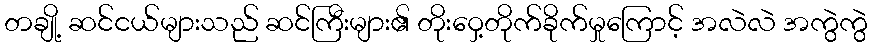
တချို့ ဆင်ငယ်များသည် ဆင်ကြီးများ၏ တိုးဝှေ့တိုက်ခိုက်မှုကြောင့် အလဲလဲ အကွဲကွဲ